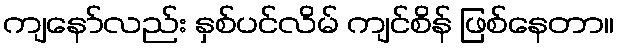
ကျနော်လည်း နှစ်ပင်လိမ် ကျင်စိန် ဖြစ်နေတာ။